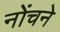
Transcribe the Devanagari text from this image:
नोंचने